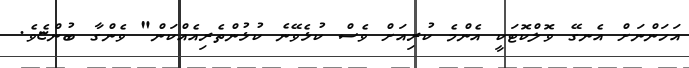
އަހަންނަށް އެނގޭ ވޮލްކޮޓަކީ އެންމެ ކުރިއަށް ވެސް ކުޅެވޭނެ ކުޅުންތެރިއެއްކަން" ވެންގާ ބުންޏެވެ.